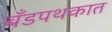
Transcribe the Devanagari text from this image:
बँडपथकात